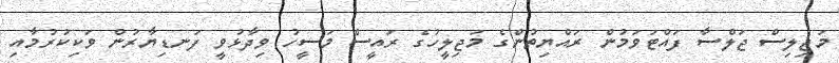
މަޖިލިސް ޖަލްސާ ފައްޓަވަމުން ރައްޔިތުންގެ މަޖިލީހުގެ ރައީސް މަސީހު ވިދާޅުވީ ފަނޑިޔާރުން ވަކިކުރުމާއި